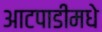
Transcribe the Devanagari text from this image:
आटपाडीमधे